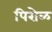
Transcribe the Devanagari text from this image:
पिरोळ